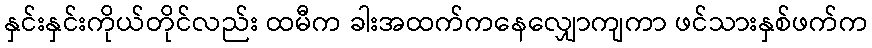
နှင်းနှင်းကိုယ်တိုင်လည်း ထမီက ခါးအထက်ကနေလျှောကျကာ ဖင်သားနှစ်ဖက်က